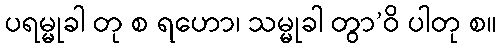
ပရမ္မုခါ တု စ ရဟော၊ သမ္မုခါ တွာ’ဝိ ပါတု စ။